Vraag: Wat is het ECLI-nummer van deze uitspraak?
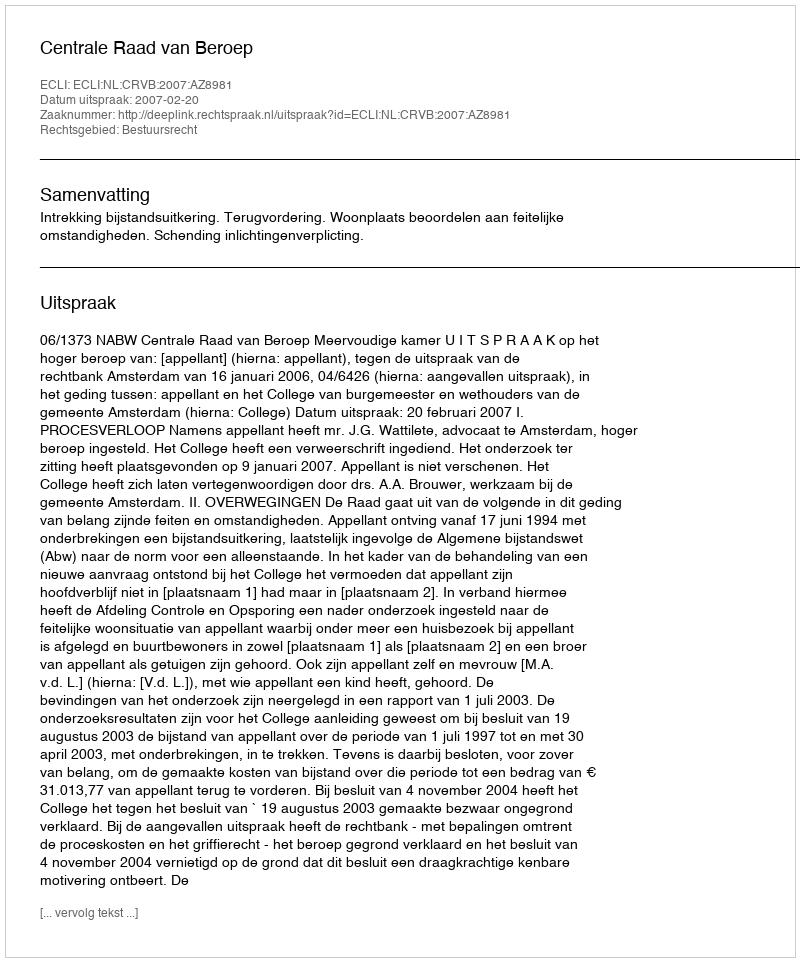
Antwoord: ECLI:NL:CRVB:2007:AZ8981